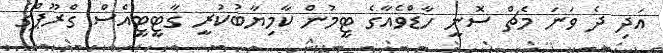
އަދި ދެ ވަނަ މެޗް ސޮނީ ހާޑްވެއާގެ ޓީމުން ކާމިޔާބުކުރީ ގާޓީޓީއެސް ގްރޫޕްގެ